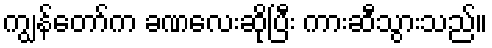
ကျွန်တော်က ခဏလေးဆိုပြီး ကားဆီသွားသည်။